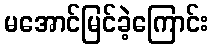
မအောင်မြင်ခဲ့ကြောင်း